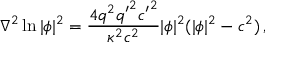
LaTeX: \nabla ^ { 2 } \ln | \phi | ^ { 2 } = \frac { 4 q ^ { 2 } { q ^ { \prime } } ^ { 2 } { c ^ { \prime } } ^ { 2 } } { \kappa ^ { 2 } c ^ { 2 } } | \phi | ^ { 2 } ( | \phi | ^ { 2 } - c ^ { 2 } ) \, ,